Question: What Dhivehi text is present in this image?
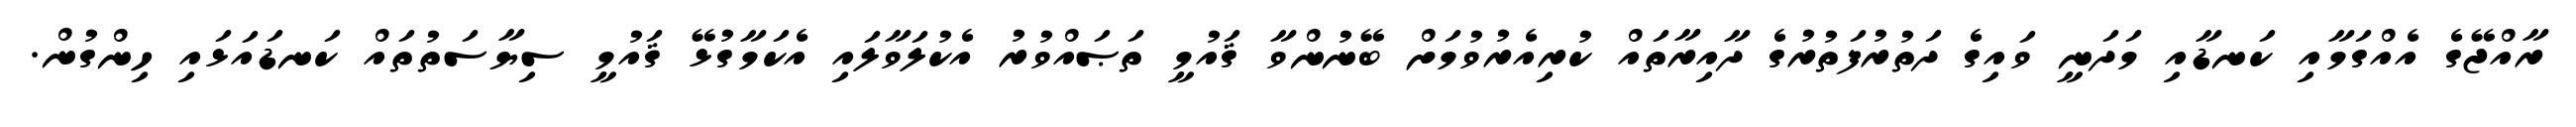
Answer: ރާއްޖޭގެ އެއްގަމާއި ކަނޑާއި މަދަނީ ވައިގެ ދަތުރުފަތުރުގެ ދާއިރާތައް ކުރިއެރުވުމަށް ބޭނުންވާ ޤައުމީ ތަޞައްވުރު އެކުލަވާލައި އެކަމާގުޅޭ ޤައުމީ ސިޔާސަތުތައް ކަނޑައަޅައި ހިންގުން.